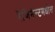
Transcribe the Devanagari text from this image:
रेजिमेन्टमधील